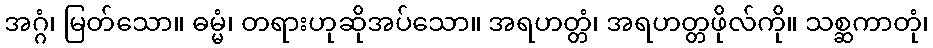
အဂ္ဂံ၊ မြတ်သော။ ဓမ္မံ၊ တရားဟုဆိုအပ်သော။ အရဟတ္တံ၊ အရဟတ္တဖိုလ်ကို။ သစ္ဆကာတုံ၊